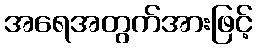
အရေအတွက်အားဖြင့်